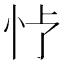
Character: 𪫢